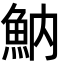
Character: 魶